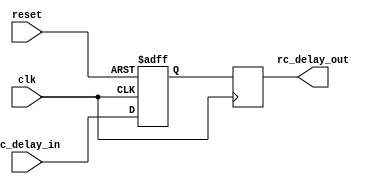
module rc_delay (
  input wire clk,
  input wire reset,
  input wire rc_delay_in,
  output reg rc_delay_out
);

reg rc_delay_reg;

always @ (posedge clk or posedge reset) begin
  if (reset) begin
    rc_delay_reg <= 1'b0;
  end else begin
    rc_delay_reg <= rc_delay_in;
  end
end

always @ (posedge clk) begin
  rc_delay_out <= rc_delay_reg;
end

endmodule